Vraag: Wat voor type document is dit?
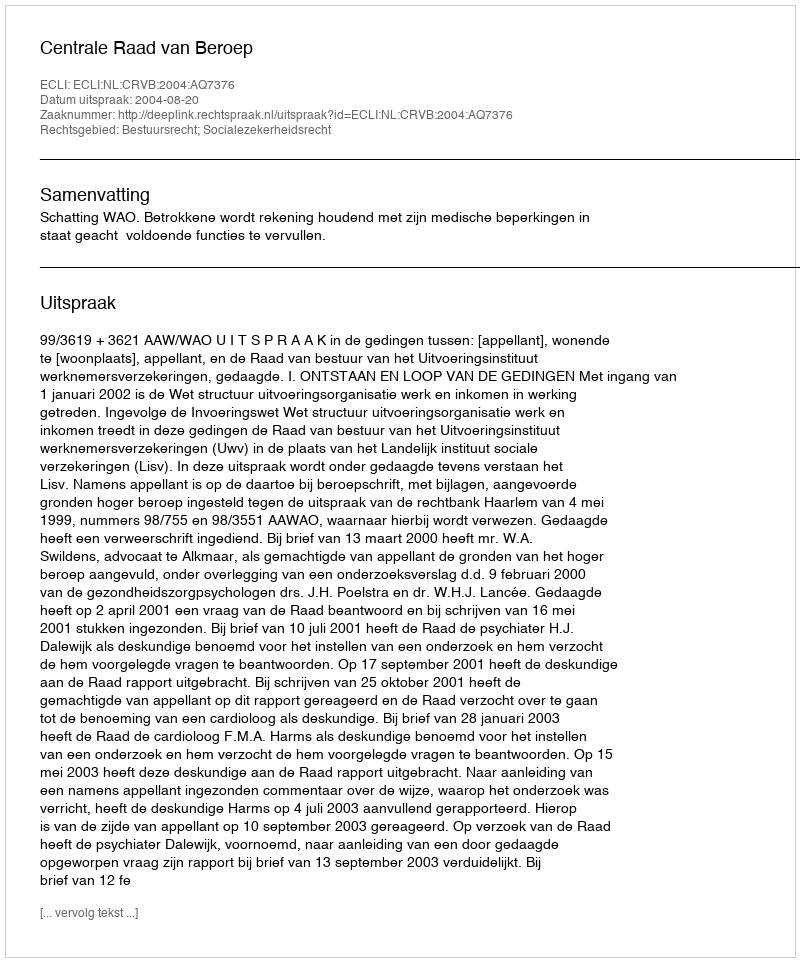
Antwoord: Uitspraak